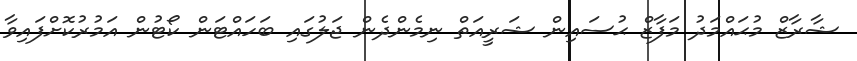
ޝާރާޒް މުޙައްމަދު މަފާޒް ޙުސައިން ޝަރީއަތް ނިމެންދެން ޖަލުގައި ބަހައްޓަން ކޯޓުން އަމުރުކޮށްފައިވާ